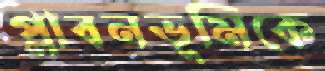
প্লাবনভূমিকে